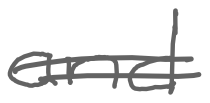
Text: and
Cross-out: double-line
Writing tool: digital_gray